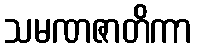
သမဏဇာတိကာ